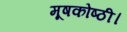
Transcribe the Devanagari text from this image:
मूषकोष्ठी।